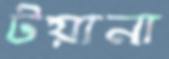
টয়ানা